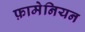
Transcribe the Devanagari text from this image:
फ़ामेनियन